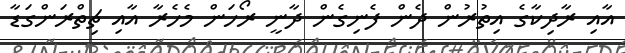
އާއި ރާދިކާގެ އިތުރުން ދެން ފެނިގެން ދާނީ ރޯހަން މެހެރާ އާއި ޗިތްރަންގަޑާ